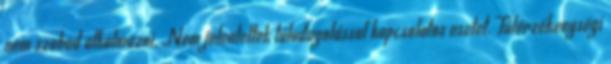
nem szabad alkalmazni. Nem jelentettek túladagolással kapcsolatos esetet. Túlérzékenységi